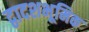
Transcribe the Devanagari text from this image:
द्वादशभूमिक